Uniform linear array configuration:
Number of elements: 64
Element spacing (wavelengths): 1
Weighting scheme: kaiser
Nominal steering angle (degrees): -15
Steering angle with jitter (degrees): -15.482
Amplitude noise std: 0.05
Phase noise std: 0.05

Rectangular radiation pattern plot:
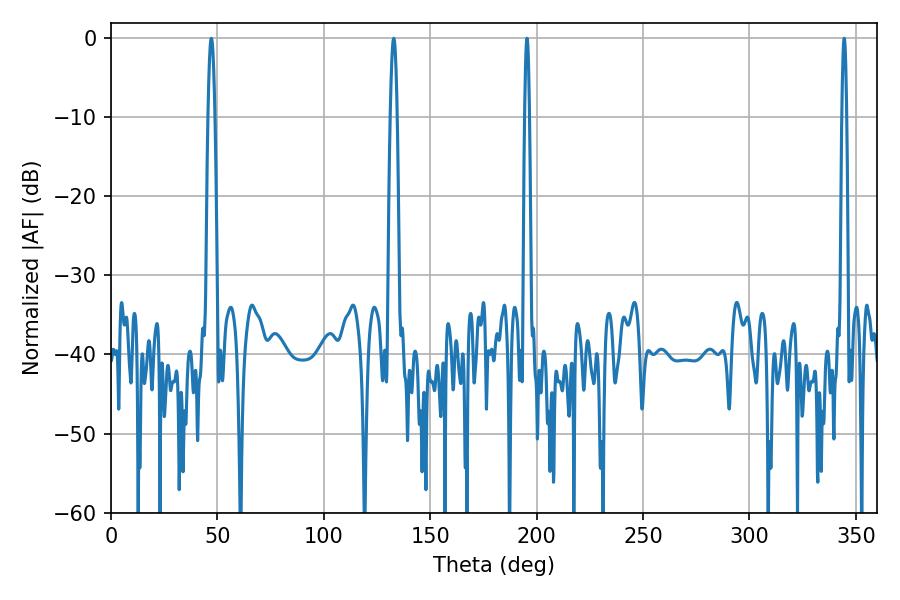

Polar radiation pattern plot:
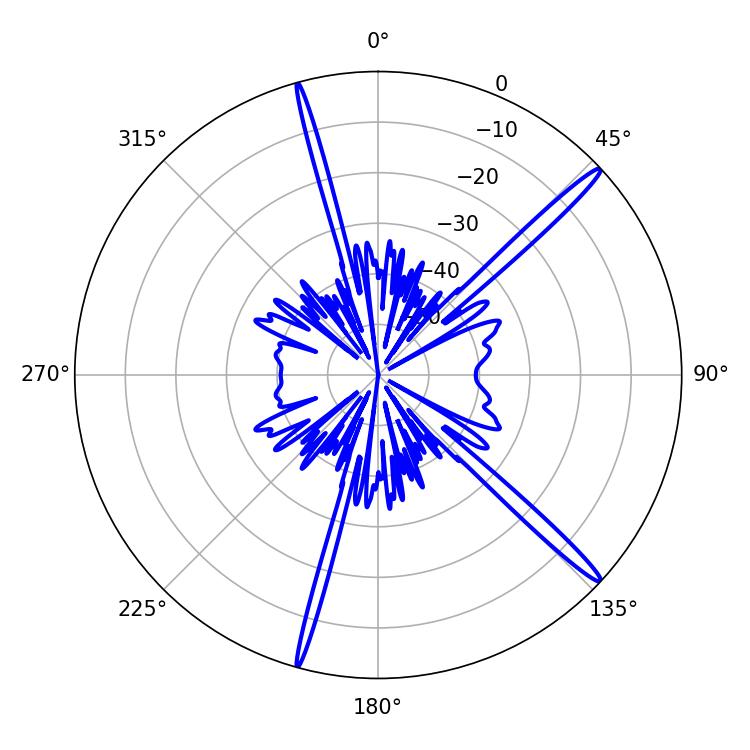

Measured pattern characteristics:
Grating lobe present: TRUE
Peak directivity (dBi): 17.253
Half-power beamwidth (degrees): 1.08
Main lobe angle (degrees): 195.48